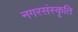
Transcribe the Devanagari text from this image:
नगरसंस्कृति